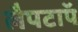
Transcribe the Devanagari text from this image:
लैपटाॅप